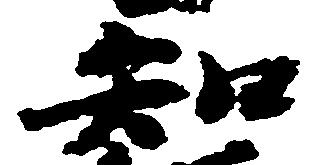
知